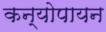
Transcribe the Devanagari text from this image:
कन्योपायन